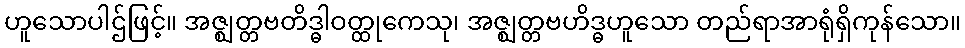
ဟူသောပါဌ်ဖြင့်။ အဇ္ဈတ္တဗတိဒ္ဓါဝတ္ထုကေသု၊ အဇ္ဈတ္တဗဟိဒ္ဓဟူသော တည်ရာအာရုံရှိကုန်သော။